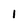
Character: 1